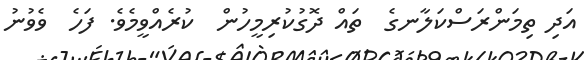
އަދި ތިމަންރަސްކަލާނގެ  ތައް ދޮގުކުރިމީހުން  ކުރެއްވީމެވެ. ފަހެ  ވެވުނު